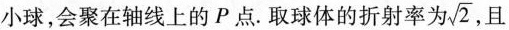
小球，会聚在轴线上的P点。取球体的折射率为\sqrt{2}, 且